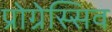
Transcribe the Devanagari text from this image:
प्रोग्रेस्सिव